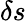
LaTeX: \delta s